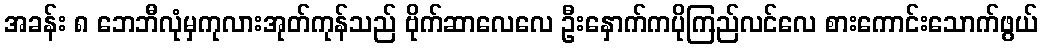
အခန်း ၈ ဘေဘီလုံမှကုလားအုတ်ကုန်သည် ဗိုက်ဆာလေလေ ဦးနှောက်ကပိုကြည်လင်လေ စားကောင်းသောက်ဖွယ်